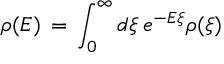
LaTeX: \rho ( E ) \, = \, \int _ { 0 } ^ { \infty } d \xi \, e ^ { - E \xi } \rho ( \xi )